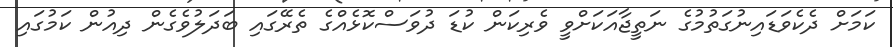
ކަމަށް ދެކެވަޑައިނުގަތުމުގެ ނަތީޖާއަކަށްވީ ވެރިކަން ކުޑަ ދުވަސްކޮޅެއްގެ ތެރޭގައި ބަދަލުވެގެން ދިއުން ކަމުގައި